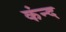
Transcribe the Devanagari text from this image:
कंन्द